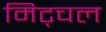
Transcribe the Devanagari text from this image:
मिट्चल